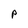
Character: P